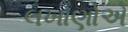
લખાણોએ